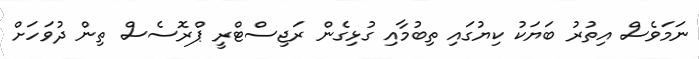
ނަމަވެސް އިތުރު ބަޔަކު ކިޔުގައި ތިބުމާއި ގުޅިގެން ރަޖިސްޓްރީ ޕްރޮސެސް ތިން ދުވަހަށް